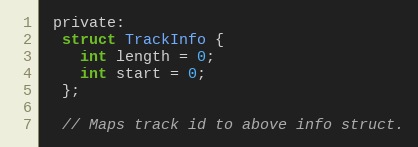
Language: C
 private:
  struct TrackInfo {
    int length = 0;
    int start = 0;
  };

  // Maps track id to above info struct.